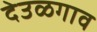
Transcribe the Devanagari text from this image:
देउळगाव